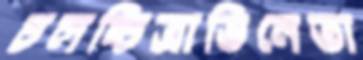
চলচ্চিত্রাভিনেতা